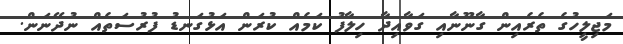
މަޖިލީހުގެ ތެރެއިން ގާނޫނާއި ގަވާއިދާ ހިލާފު ކަމެއް ކުރަން އަޅުގަނޑު ފުރުސަތެއް ނުދޭނަން.